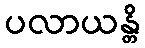
ပလာယန္တိ